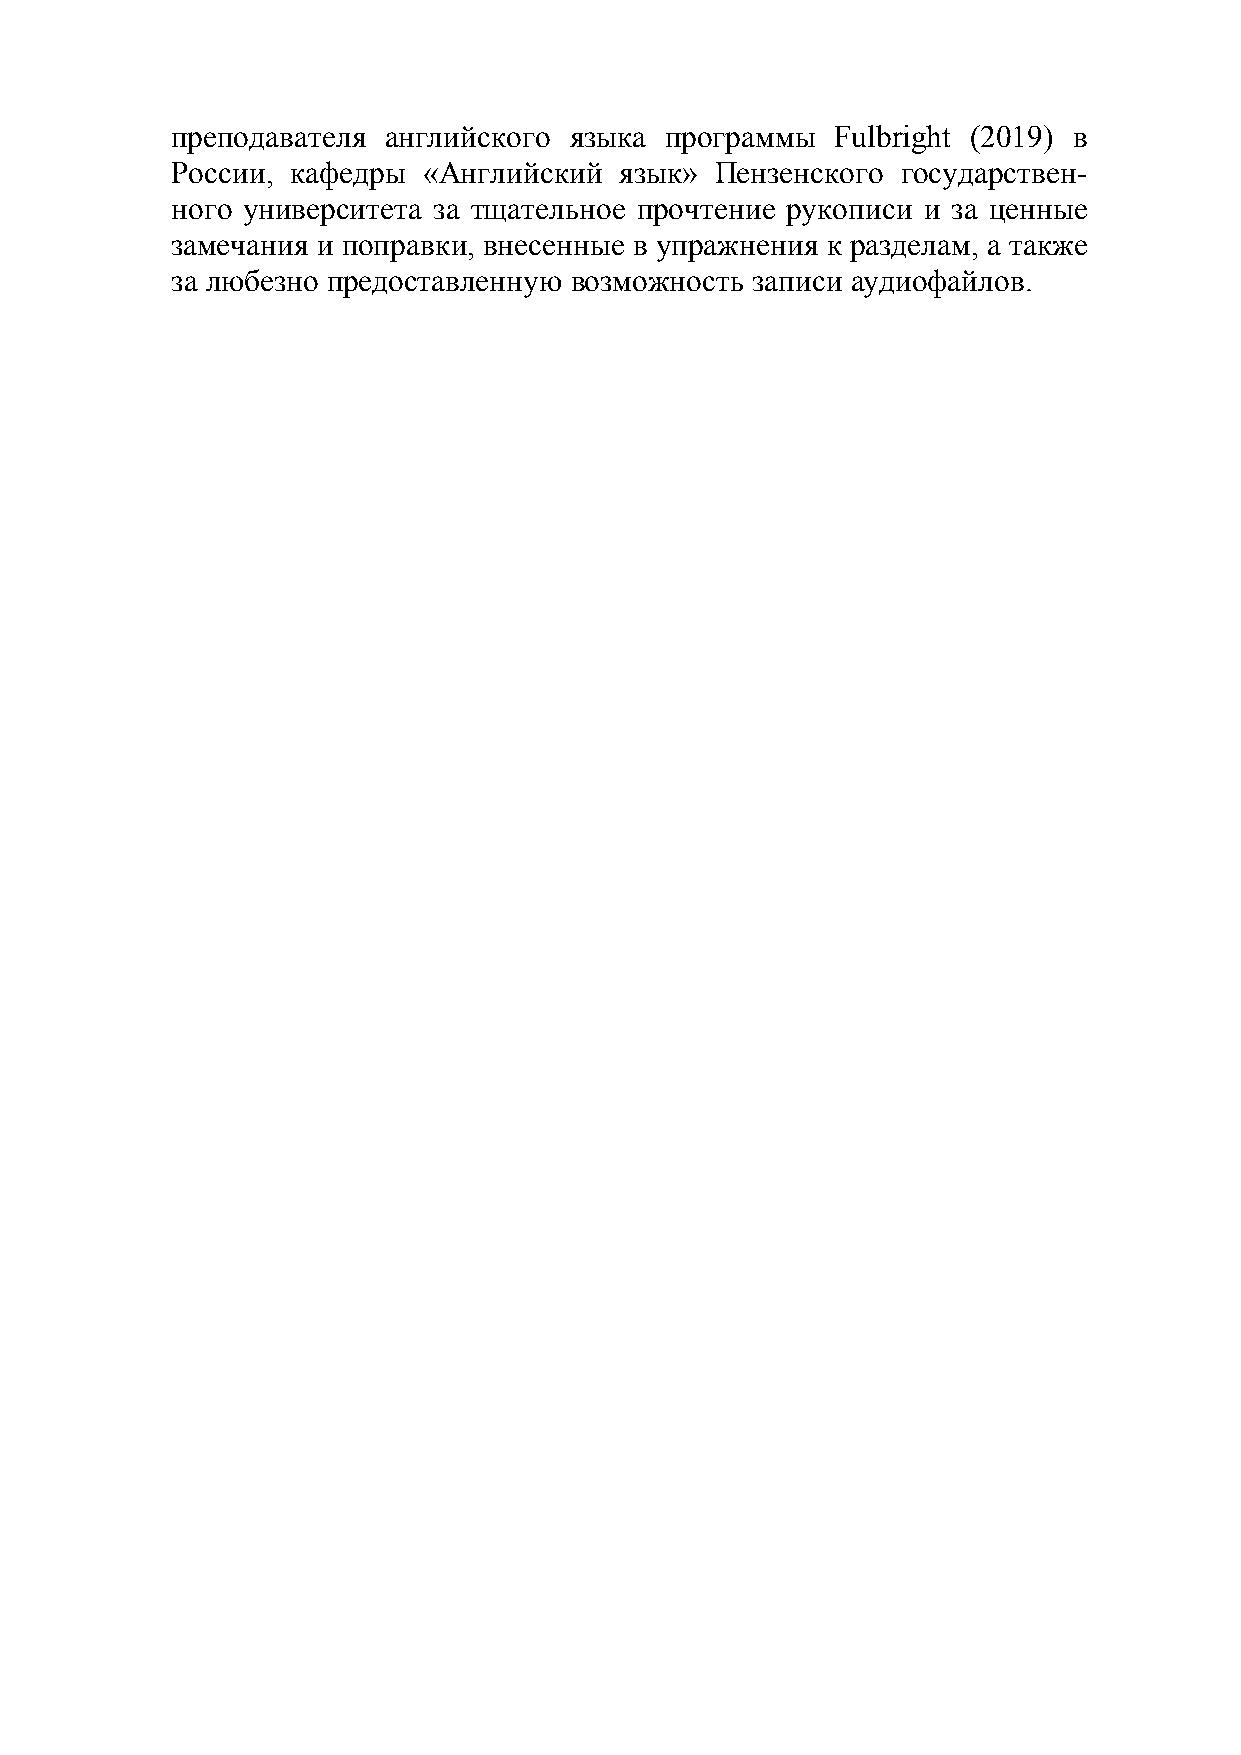
преподавателя английского  языка программы  Fulbright (2019) в
 России, кафедры  «Английский  язык» Пензенского  государствен-
 ного университета за тщательное прочтение рукописи и за ценные
 замечания и поправки, внесенные в упражнения к разделам, а также
 за любезно предоставленную возможность записи аудиофайлов.
 5